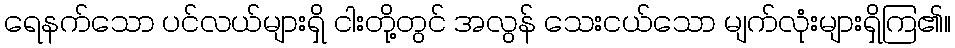
ရေနက်သော ပင်လယ်များရှိ ငါးတို့တွင် အလွန် သေးငယ်သော မျက်လုံးများရှိကြ၏။